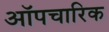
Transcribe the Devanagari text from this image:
ऑपचारिक